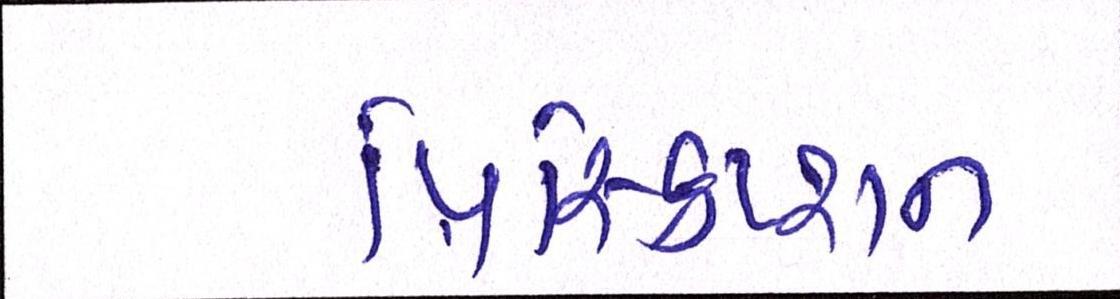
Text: પ્રિસ્ક્રિપ્શન